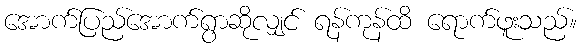
အောက်ပြည်အောက်ရွာဆိုလျှင် ရန်ကုန်ထိ ရောက်ဖူးသည်။